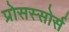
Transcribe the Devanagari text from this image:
प्रोसस्सोर्स